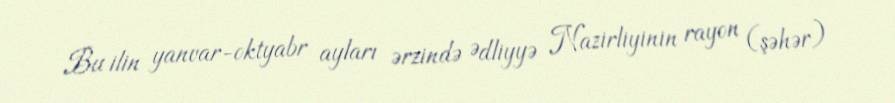
Bu ilin yanvar-oktyabr ayları ərzində Ədliyyə Nazirliyinin rayon (şəhər)